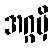
အဂ္ဂမှိ